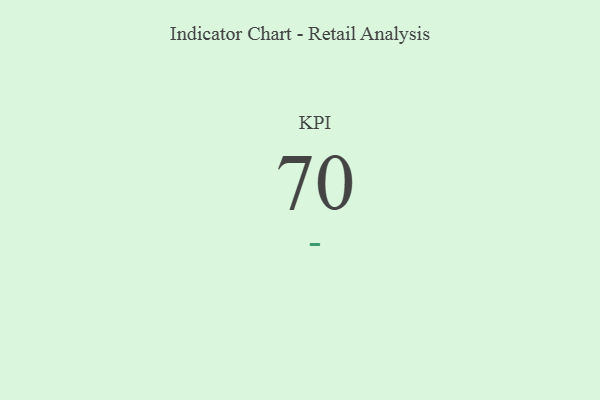
{"axis": {"x": "KPI", "y": "Value"}, "legend": [""], "data": [{"x": "KPI", "y": 70, "type": ""}]}